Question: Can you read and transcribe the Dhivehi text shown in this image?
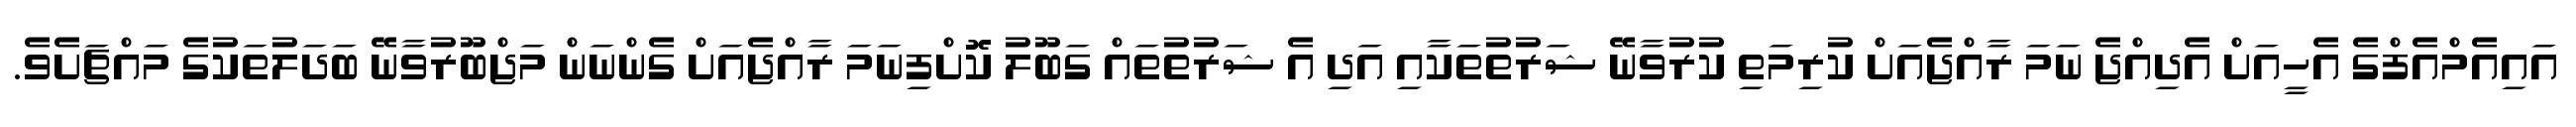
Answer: އައިއެމްއެފްގެ އެހީއަށް އެދިއްޖެ ނަމަ ރާއްޖެއަށް ކުރިމަތި ކުރުވާނޭ ޝަރުތުތަކާއި އަދި އެ ޝަރުތުތައް ގަބޫލު ކޮށްފިނަމަ ރާއްޖެއަށް ގެންނަން މަޖްބޫރުވާނޭ ބަދަލުތަކުގެ މައްޗަށެވެ.